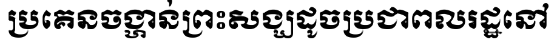
ប្រគេនចង្ហាន់ព្រះសង្ឃដូចប្រជាពលរដ្ឋនៅ